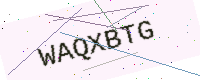
Text: WAQXBTG